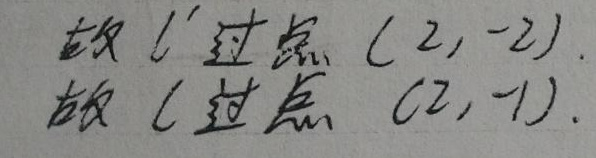
故 \(l'\) 过点 \((2,-2)\).
故 \(l\) 过点 \((2,-1)\).